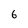
Character: 6